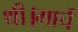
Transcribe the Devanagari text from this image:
थी।मार्च